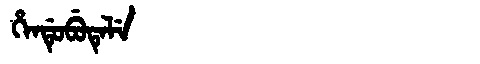
Manchu: ᡥᡝᠨᡩᡠᠪᡠᡨᡝᠯᡝ
Romanization: HENDUBUTELE